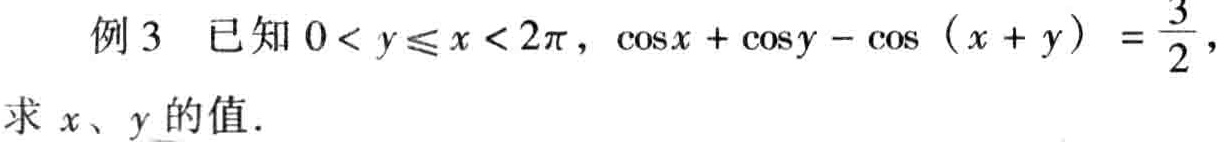
例3 已知\(0 < y\leqslant x < 2\pi\)，\(\cos x + \cos y - \cos(x + y) = \frac{3}{2}\)，求\(x\)、\(y\)的值.